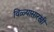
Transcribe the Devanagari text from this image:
विळ्यासारखी